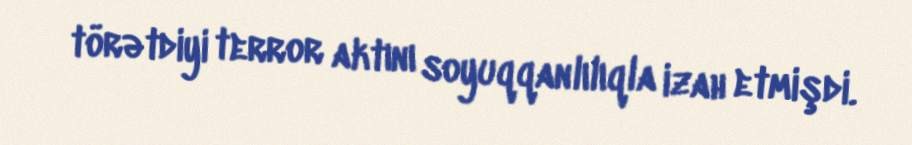
törətdiyi terror aktını soyuqqanlılıqla izah etmişdi.